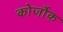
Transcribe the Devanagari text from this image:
कोर्जोक